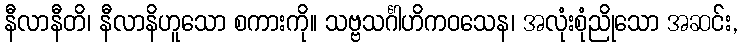
နီလာနီတိ၊ နီလာနိဟူသော စကားကို။ သဗ္ဗသင်္ဂါဟိကဝသေန၊ အလုံးစုံညိုသော အဆင်း,